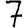
Digit: 7